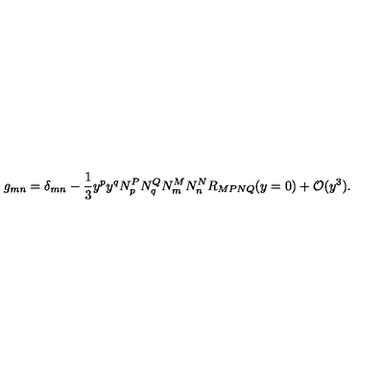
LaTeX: g _ { m n } = \delta _ { m n } - \frac { 1 } { 3 } y ^ { p } y ^ { q } N _ { p } ^ { P } N _ { q } ^ { Q } N _ { m } ^ { M } N _ { n } ^ { N } R _ { M P N Q } ( y = 0 ) + { \cal O } ( y ^ { 3 } ) .